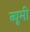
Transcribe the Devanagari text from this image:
ब्यूमी